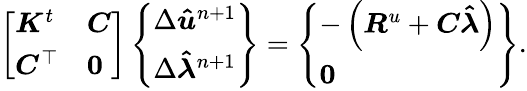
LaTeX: \left[\begin{array}{ll}{\boldsymbol{K}^{t}}&{\boldsymbol{C}}\\ {\boldsymbol{C}^{\top}}&{\boldsymbol{0}}\end{array}\right]\left\{ \begin{array}{l}{\Delta\boldsymbol{\hat{u}}^{n+1}}\\ {\Delta\boldsymbol{\hat{\lambda}}^{n+1}}\end{array}\right\} =\left\{ \begin{array}{l}{-\left(\boldsymbol{R}^{u}+\boldsymbol{C}\boldsymbol{\hat{\lambda}}\right)}\\ {\boldsymbol{0}}\end{array}\right\} .